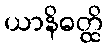
ယာနိဓတ္ထိ